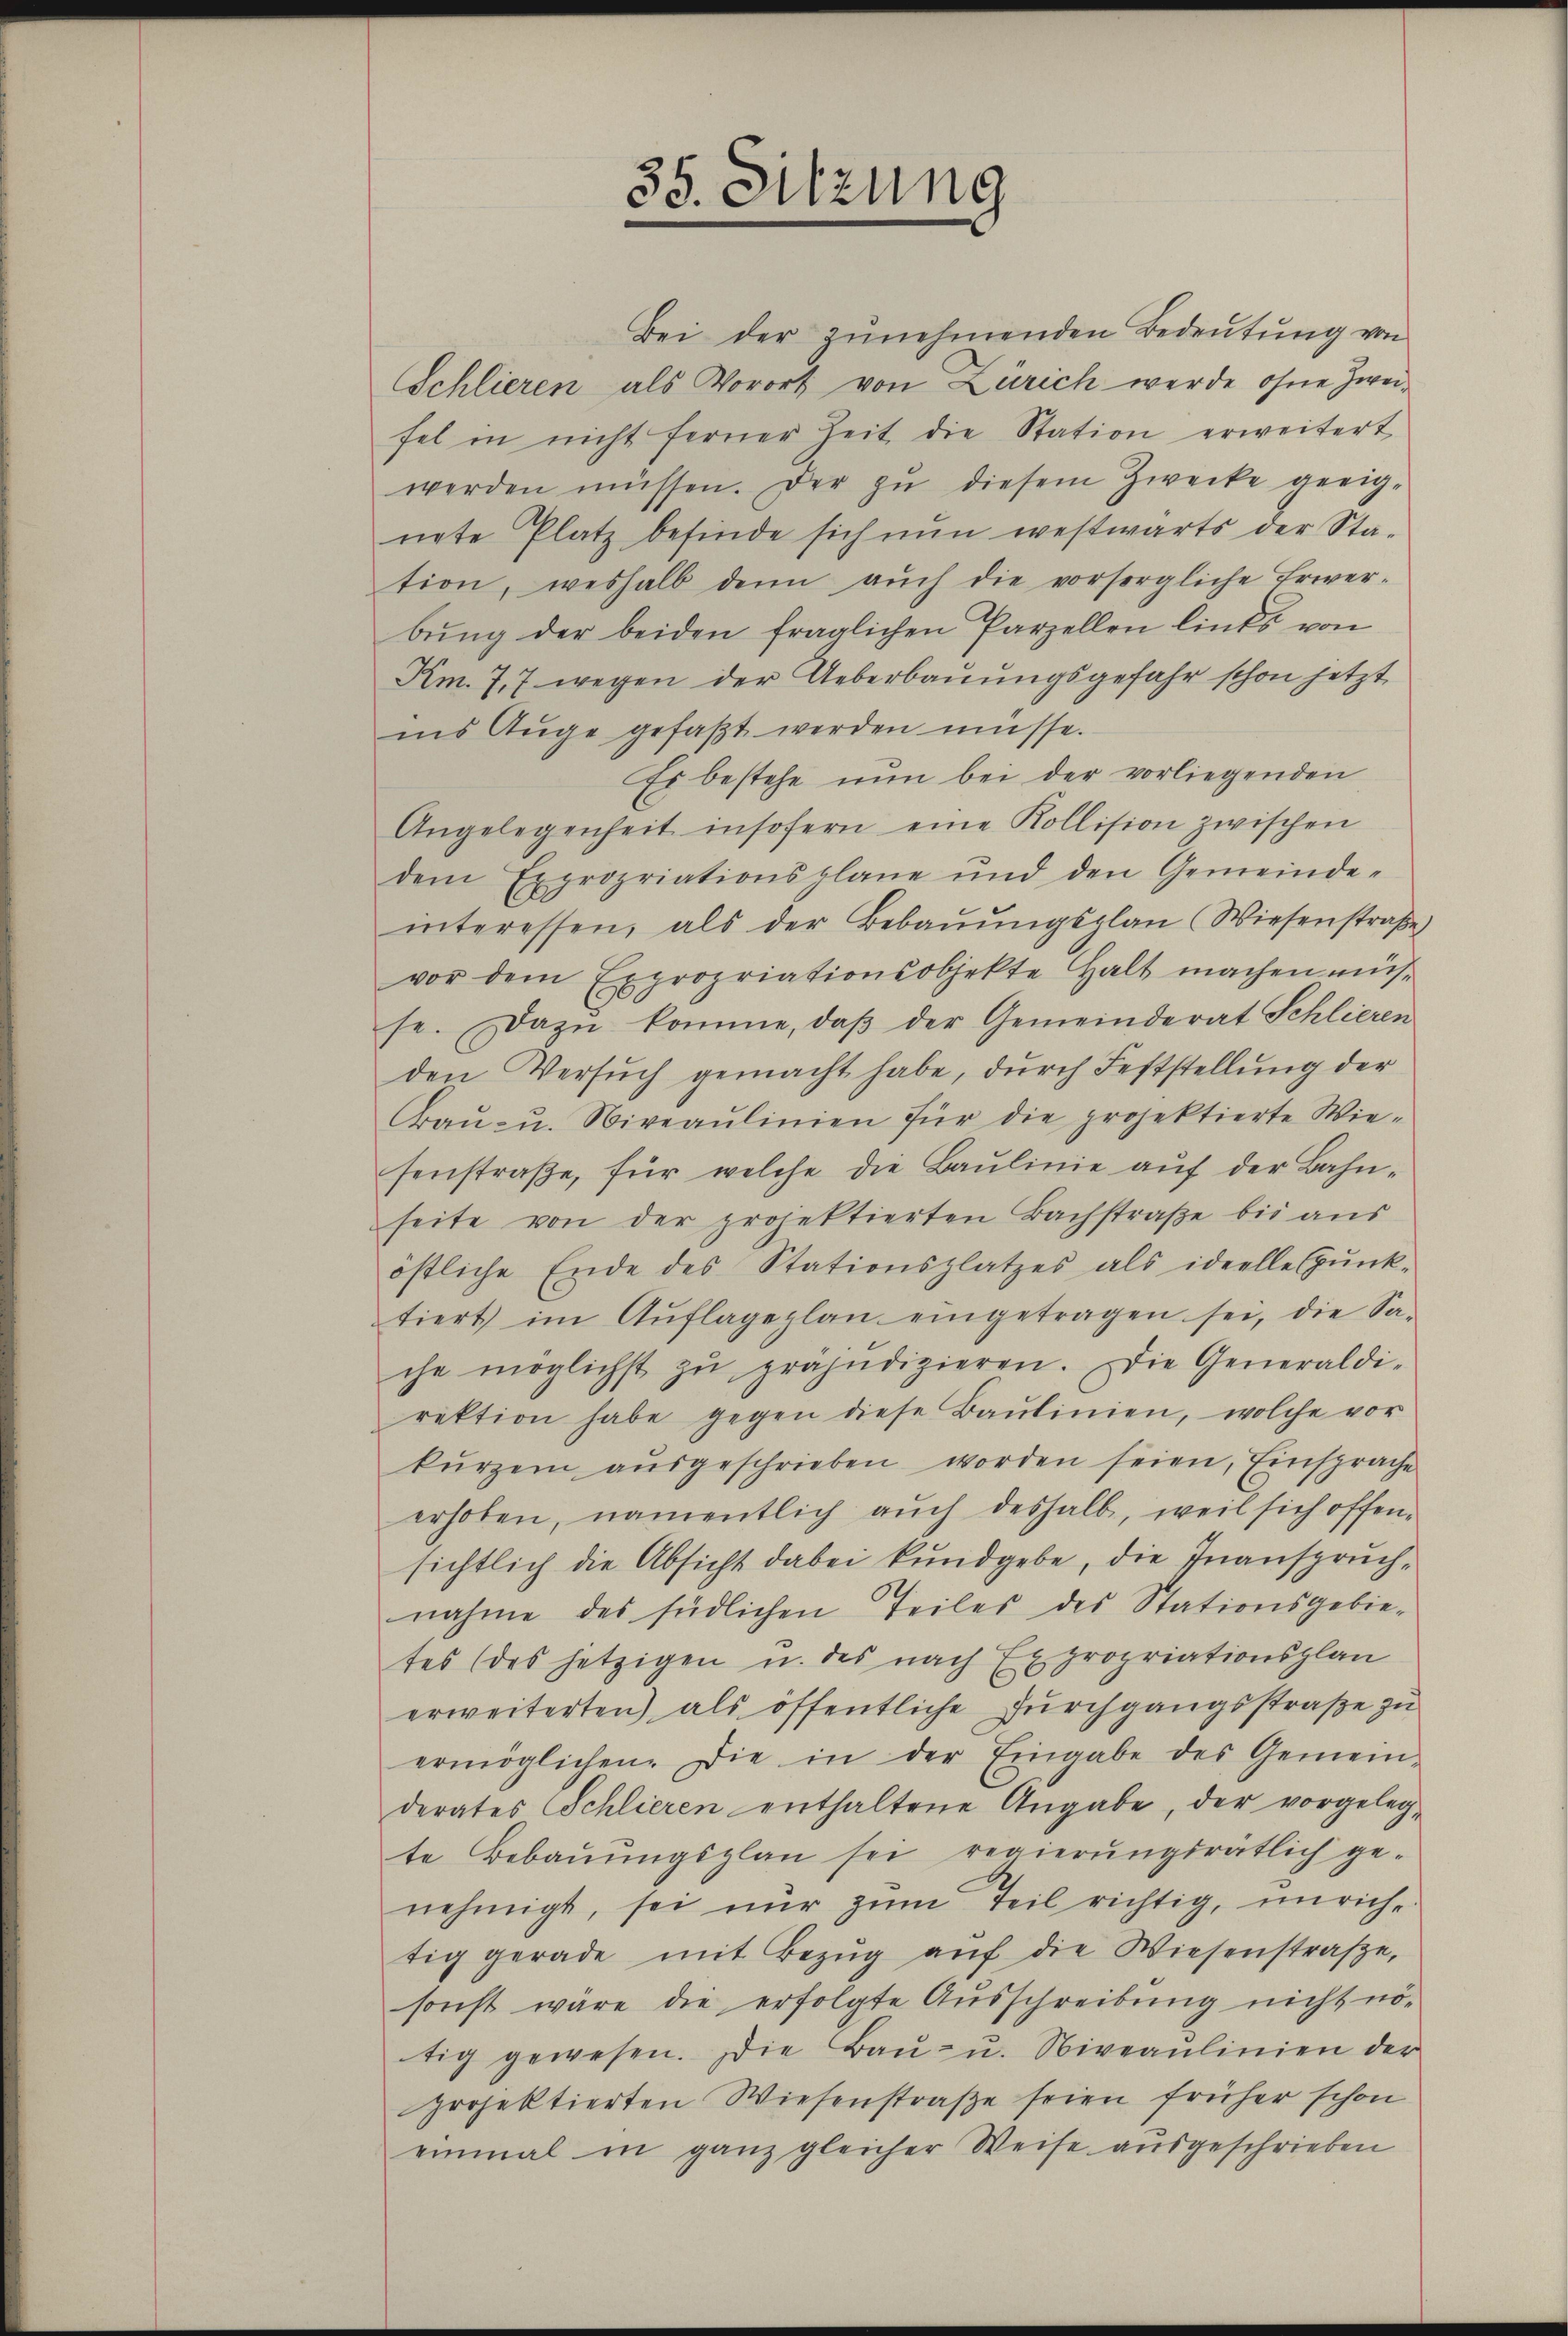
35. Sitzung

Bei der zunehmenden Bedeutung von
Schlieren als Vorort von Zürich werde ohne Zweifel in nicht ferner Zeit die Station erweitert
werden müssen. Der zŭ diesem Zwecke geeig-
nete Platz befinde sich nun westwärts der Sta-
tion, weshalb denn aŭch die vorsorgliche Erwer-
bŭng der beiden fraglichen Parzellen links von
Km. 7,7 wegen der Ueberbauungsgefahr schon jetzt
ins Auge gefaßt werden müsse.
Es bestehe nun bei der vorliegenden
Angelegenheit insofern eine Kollision zwischen
dem Expropriationsplane und den Gemeindeinteressen, als der Bebaŭŭngsplan (Wiesenstraβe
vor dem Expropriationsobjekte halt machen müs-
se. Dazu komme, daß der Gemeinderat Schlieren
den Versuch gemacht habe, durch Feststellung der
Baŭ- u. Niveaulinien für die projektierte Wie-
senstraβe, für welche die Baŭlinie auf der Bahn-
seite von der projektierten Bachstraβe bis aus
östliche Ende des Stationsplatzes als ideelle Gŭnk-
tiert im Aŭflageplan eingetragen sei, die Sa-
che möglichst zŭ präjudizieren. Die Generaldi-
rektion habe gegen diese Baŭlinien, wolche vor
kŭrzem aŭsgeschrieben worden seien, Einsprache
erhoben, namentlich auch deshalb, weil sich offensichtlich die Absicht dabei kundgebe, die Inanspruchnahme des südlichen Teiles des Stationsgebie-
tes (des jetzigen u. des nach Expropriationsplan
erweiterten) als öffentliche Durchgangsstraße zu
ermöglichen. Die in der Eingabe des Gemein-
derates Schlieren enthaltene Angabe, der vorgeleg-
te Bebaŭŭngsplan sei regierŭngsrätlich ge-
nehmigt, sei nur zum Teil richtig, unrichtig gerade mit Bezŭg aŭf die Wiesenstraβe,
sonst wäre die erfolgte Ausschreibung nicht nö-
tig gewesen. Die Bau- u. Niveaulinien der
projektierten Wiesenstraße seien früher schon
einmal in ganz gleicher Weise ausgeschrieben